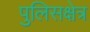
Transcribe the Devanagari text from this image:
पुलिसक्षेत्र